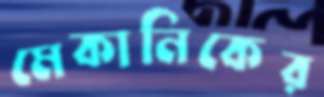
মেকানিকের